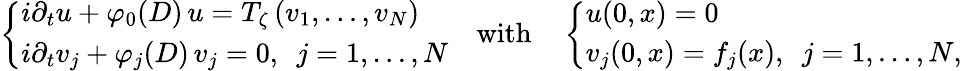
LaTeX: \left\{ \begin{array}{l}{i\partial_{t}u+\varphi_{0}(D)\, u=T_{\zeta}\left(v_{1},\dots,v_{N}\right)}\\ {i\partial_{t}v_{j}+\varphi_{j}(D)\, v_{j}=0,\, \, \, j=1,\dots,N}\end{array}\right.\quad\mathrm{with}\quad\left\{ \begin{array}{l}{u(0,x)=0}\\ {v_{j}(0,x)=f_{j}(x),\, \, \, j=1,\dots,N,}\end{array}\right.